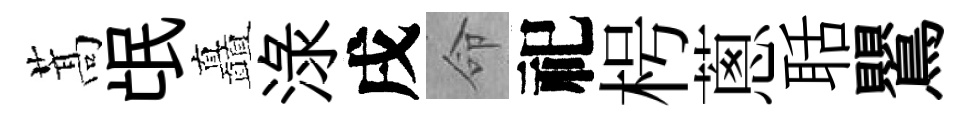
蒿氓矗渌戌命祀枵蔥聒鸎